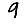
Digit: 9